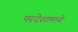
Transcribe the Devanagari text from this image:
परदेशामध्ये